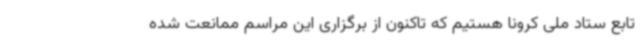
تابع ستاد ملی کرونا هستیم که تاکنون از برگزاری این مراسم ممانعت شده